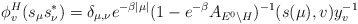
\begin{align*}\phi_v^H(s_\mu s^*_\nu) = \delta_{\mu,\nu} e^{-\beta|\mu|} (1-e^{-\beta}A_{E^0\backslash H})^{-1}(s(\mu),v)y_v^{-1}\quad\end{align*}